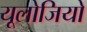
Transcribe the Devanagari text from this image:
यूलोजियो